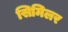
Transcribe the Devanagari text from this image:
सिमिलर